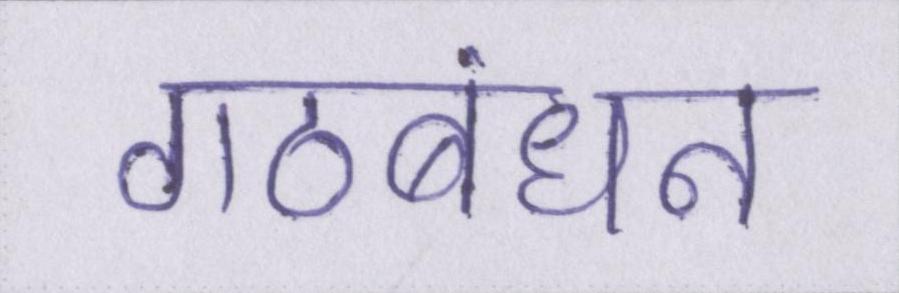
गठबंधन